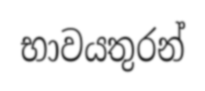
භාවයතුරන්